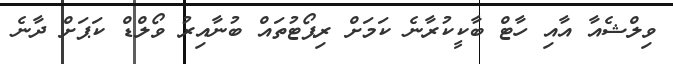
ވިލްޝެއާ އާއި ހާޓް ބާކީކުރާނެ ކަމަށް ރިޕޯޓުތައް ބުނާއިރު ވޯލްޑް ކަޕަށް ދާނެ